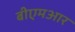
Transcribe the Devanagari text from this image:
बीएमआर